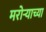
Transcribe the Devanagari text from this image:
मरोऱ्याच्या